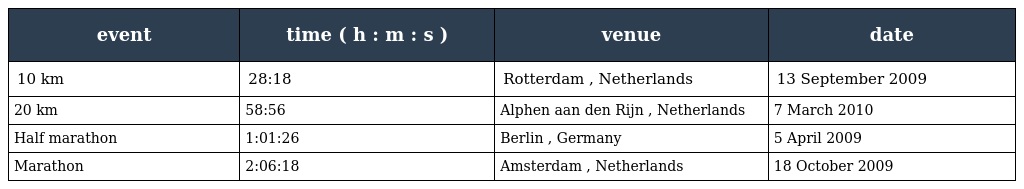
| event | time ( h : m : s ) | venue | date |
 | --- | --- | --- | --- |
 | 10 km | 28:18 | Rotterdam , Netherlands | 13 September 2009 |
 | 20 km | 58:56 | Alphen aan den Rijn , Netherlands | 7 March 2010 |
 | Half marathon | 1:01:26 | Berlin , Germany | 5 April 2009 |
 | Marathon | 2:06:18 | Amsterdam , Netherlands | 18 October 2009 |